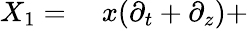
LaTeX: \begin{array}{rl}{X_{1}={}}&{{}x(\partial_{t}+\partial_{z})+}\end{array}